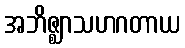
အဘိဇ္ဈာသဟဂတာယ